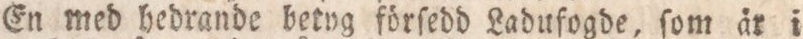
En med hedrande betyg förſedd Ladufogde, ſom är i